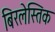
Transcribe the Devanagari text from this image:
बिरलेस्तिक